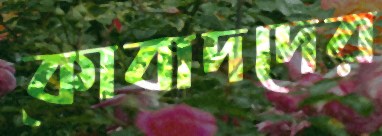
কোবাদদের